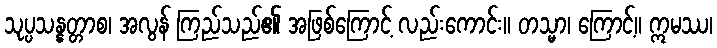
သုပ္ပသန္နတ္တာစ၊ အလွန် ကြည်သည်၏ အဖြစ်ကြောင့် လည်းကောင်း။ တသ္မာ၊ ကြောင့်။ ဣမဿ၊